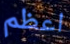
اعظم